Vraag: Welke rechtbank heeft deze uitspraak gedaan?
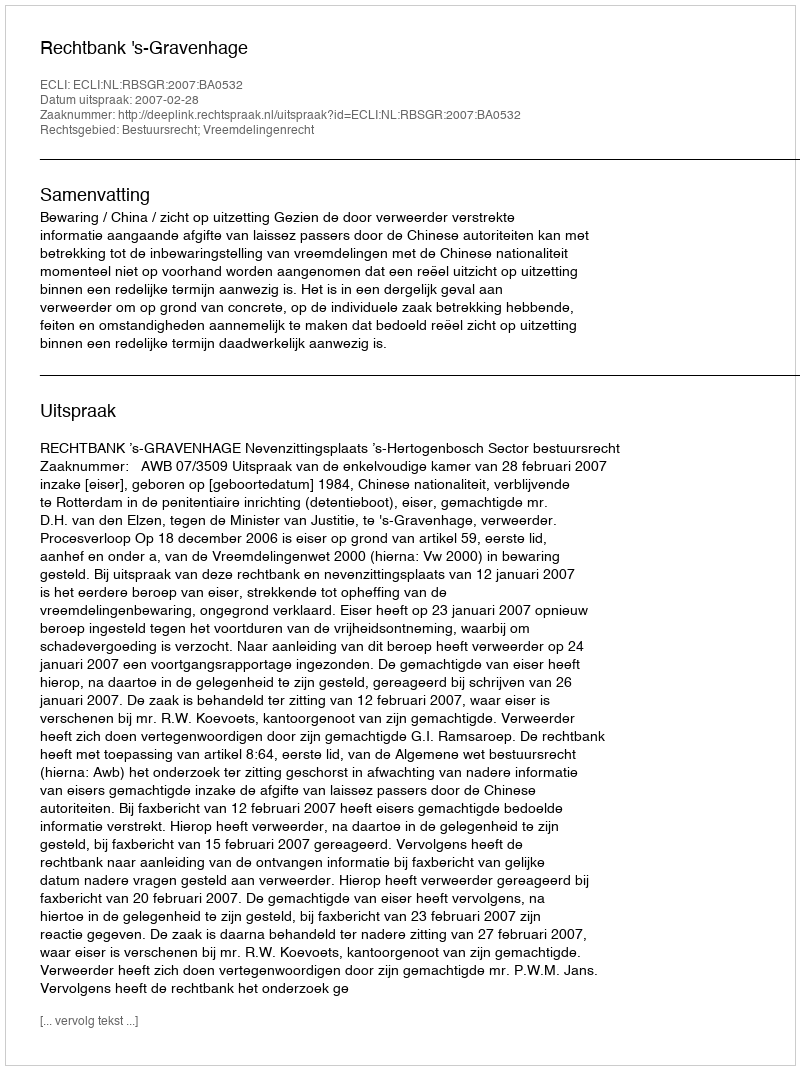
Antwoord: Rechtbank 's-Gravenhage